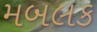
મબલક